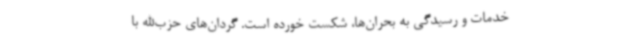
خدمات و رسیدگی به بحران‌ها، شکست خورده است. گردان‌های حزب‌الله با